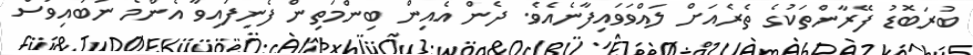
ބުރަބޮޑު ފޭރާންތަކުގެ ތެރެއަށް ލައްވަވައިފާނެއެވެ. ދެން އެއިން ބިންމަތިން ފެނިފައިވާ އެންމެ ނުބައިވަސް